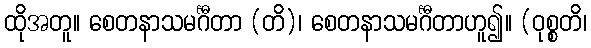
ထိုအတူ။ စေတနာသမင်္ဂီတာ (တိ)၊ စေတနာသမင်္ဂီတာဟူ၍။ (ဝုစ္စတိ၊